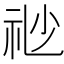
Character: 𥘷